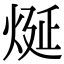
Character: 烻